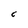
Character: C